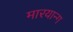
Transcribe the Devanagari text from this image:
मारयान्ग